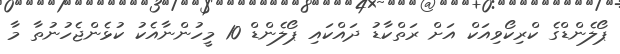
ޕޯލެންޑްގެ ކްރިކޯވިއަކް އަށް ރަތްކާޑު ދައްކައި ޕޯލެންޑް 10 މީހުންނާއެކު ކުޅެންޖެހުނުތާ މާ